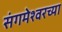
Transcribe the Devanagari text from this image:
संगमेश्वरच्या